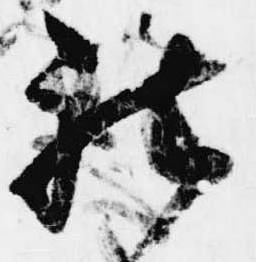
被